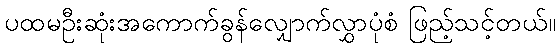
ပထမဦးဆုံးအကောက်ခွန်လျှောက်လွှာပုံစံ ဖြည့်သင့်တယ်။